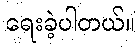
ရေးခဲ့ပါတယ်။